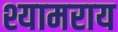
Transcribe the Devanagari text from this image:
श्यामराय